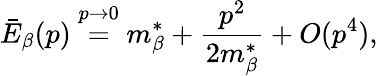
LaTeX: \bar{E}_{\beta}(p)\stackrel{p\rightarrow 0}{=}m_{\beta}^{*}+\frac{p^{2}}{2m_{\beta}^{*}}+O(p^{4}),